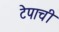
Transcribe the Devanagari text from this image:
टेपाची